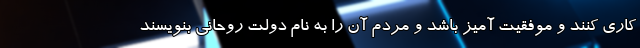
کاری کنند و موفقیت آمیز باشد و مردم آن را به نام دولت روحانی بنویسند